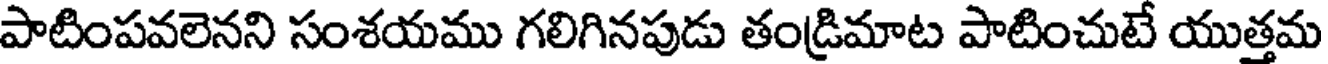
పాటింపవలెనని సంశయము గలిగినపుడు తండ్రిమాట పాటించుటే యుత్తమ